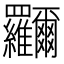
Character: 鿡